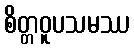
စိတ္တဝူပသမဿ